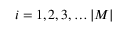
i = 1 , 2 , 3 , \dots | M |